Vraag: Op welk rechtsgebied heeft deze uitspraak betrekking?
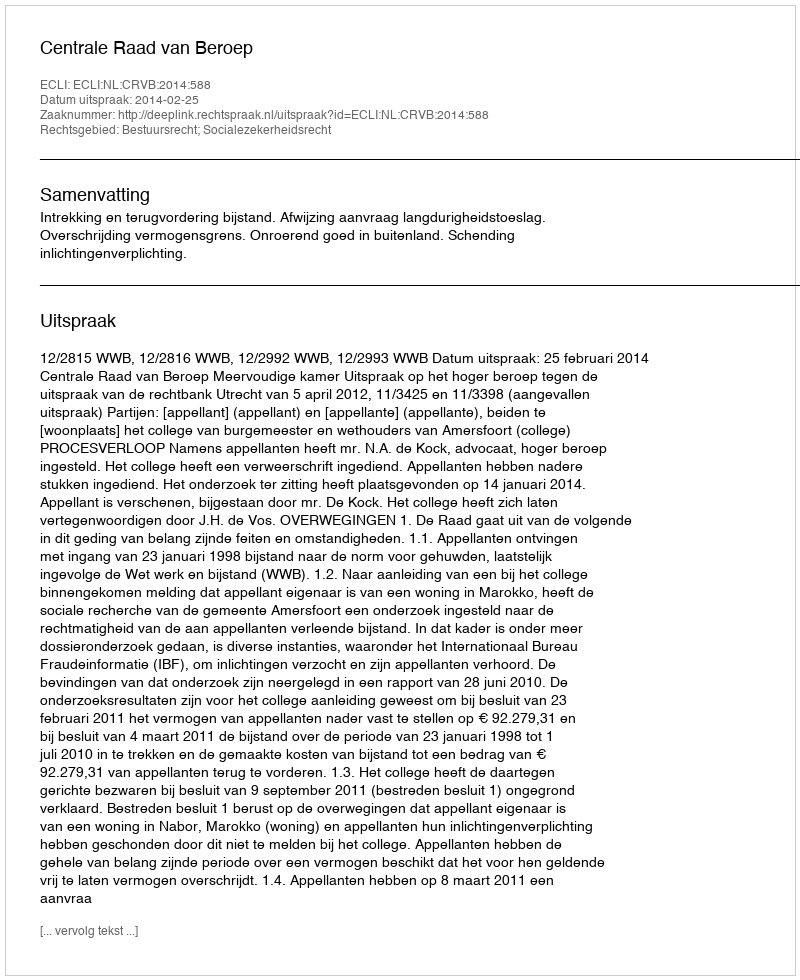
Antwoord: Bestuursrecht; Socialezekerheidsrecht